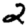
Digit: 2